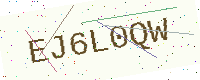
Text: EJ6L0QW